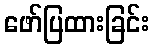
ဖော်ပြထားခြင်း